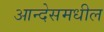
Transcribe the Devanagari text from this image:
आन्देसमधील